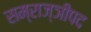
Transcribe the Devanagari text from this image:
सम्राज्ञीपद